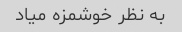
به نظر خوشمزه میاد